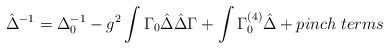
LaTeX: \begin{align*}\hat{\Delta}^{-1}=\Delta_0^{-1} -g^2\int \Gamma_0\hat{\Delta}\hat{ \Delta} \Gamma+ \int \Gamma^{(4)}_0\hat{\Delta} +pinch\; terms\end{align*}